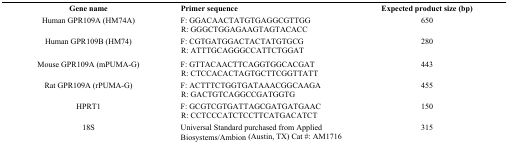
<table><thead><tr><td><b>Gene name</b></td><td><b>Primer sequence</b></td><td><b>Expected product size (bp)</b></td></tr></thead><tbody><tr><td rowspan="2">Human GPR109A (HM74A)</td><td>F: GGACAACTATGTGAGGCGTTGG</td><td rowspan="2">650</td></tr><tr><td>R: GGGCTGGAGAAGTAGTACACC</td></tr><tr><td rowspan="2">Human GPR109B (HM74)</td><td>F: CGTGATGGACTACTATGTGCG</td><td rowspan="2">280</td></tr><tr><td>R: ATTTGCAGGGCCATTCTGGAT</td></tr><tr><td rowspan="2">Mouse GPR109A (mPUMA-G)</td><td>F: GTTACAACTTCAGGTGGCACGAT</td><td rowspan="2">443</td></tr><tr><td>R: CTCCACACTAGTGCTTCGGTTATT</td></tr><tr><td rowspan="2">Rat GPR109A (rPUMA-G)</td><td>F: ACTTTCTGGTGATAAACGGCAAGA</td><td rowspan="2">455</td></tr><tr><td>R: GACTGTCAGGCCGATGGTG</td></tr><tr><td rowspan="2">HPRT1</td><td>F: GCGTCGTGATTAGCGATGATGAAC</td><td rowspan="2">150</td></tr><tr><td>R: CCTCCCATCTCCTTCATGACATCT</td></tr><tr><td>18S</td><td>Universal Standard purchased from Applied Biosystems/Ambion (Austin, TX) Cat #: AM1716</td><td>315</td></tr></tbody></table>